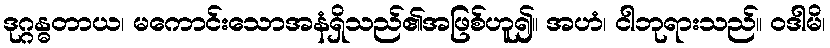
ဒုဂ္ဂန္ဓတာယ၊ မကောင်းသောအနံရှိသည်၏အဖြစ်ဟူ၍။ အဟံ၊ ငါဘုရားသည်။ ဝဒါမိ၊